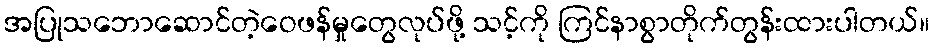
အပြုသဘောဆောင်တဲ့ဝေဖန်မှုတွေလုပ်ဖို့ သင့်ကို ကြင်နာစွာတိုက်တွန်းထားပါတယ်။